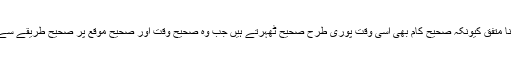
ہم بعض روحانی ہستیوں کے بعض غیر روحانی اور غیر عَلَوی سیاسی فیصلوں سے بھی نا خوش ہیں نا متفق کیونکہ صحیح کام بھی اُسی وقت پوری طرح صحیح ٹھہرتے ہیں جب وہ صحیح وقت اور صحیح موقع پر صحیح طریقے سے انجام دیے جائیں چہ جائیکہ ایسے کام اور ایسے فیصلے جو ظاہراً بھی قرآن و سنت کے خلاف ہوں !